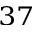
^ { 3 7 }